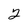
Character: 2